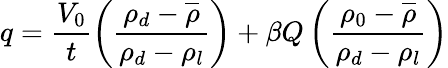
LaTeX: q=\frac{V_{0}}{t}\left(\frac{\rho_{d}-\overline{{\rho}}}{\rho_{d}-\rho_{l}}\right)+{\beta Q}\left(\frac{\rho_{0}-\overline{{\rho}}}{\rho_{d}-\rho_{l}}\right)